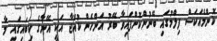
ކޮންމެއަކަސް ފިލްމުގައި ބޭނުންކޮށްފައިވާ ބޭރު އަންހެން ކުއްޖާ އަކީ އޭނާގެ ކިބައިގައި މާ